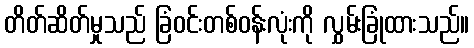
တိတ်ဆိတ်မှုသည် ခြံဝင်းတစ်ဝန်းလုံးကို လွှမ်းခြုံထားသည်။